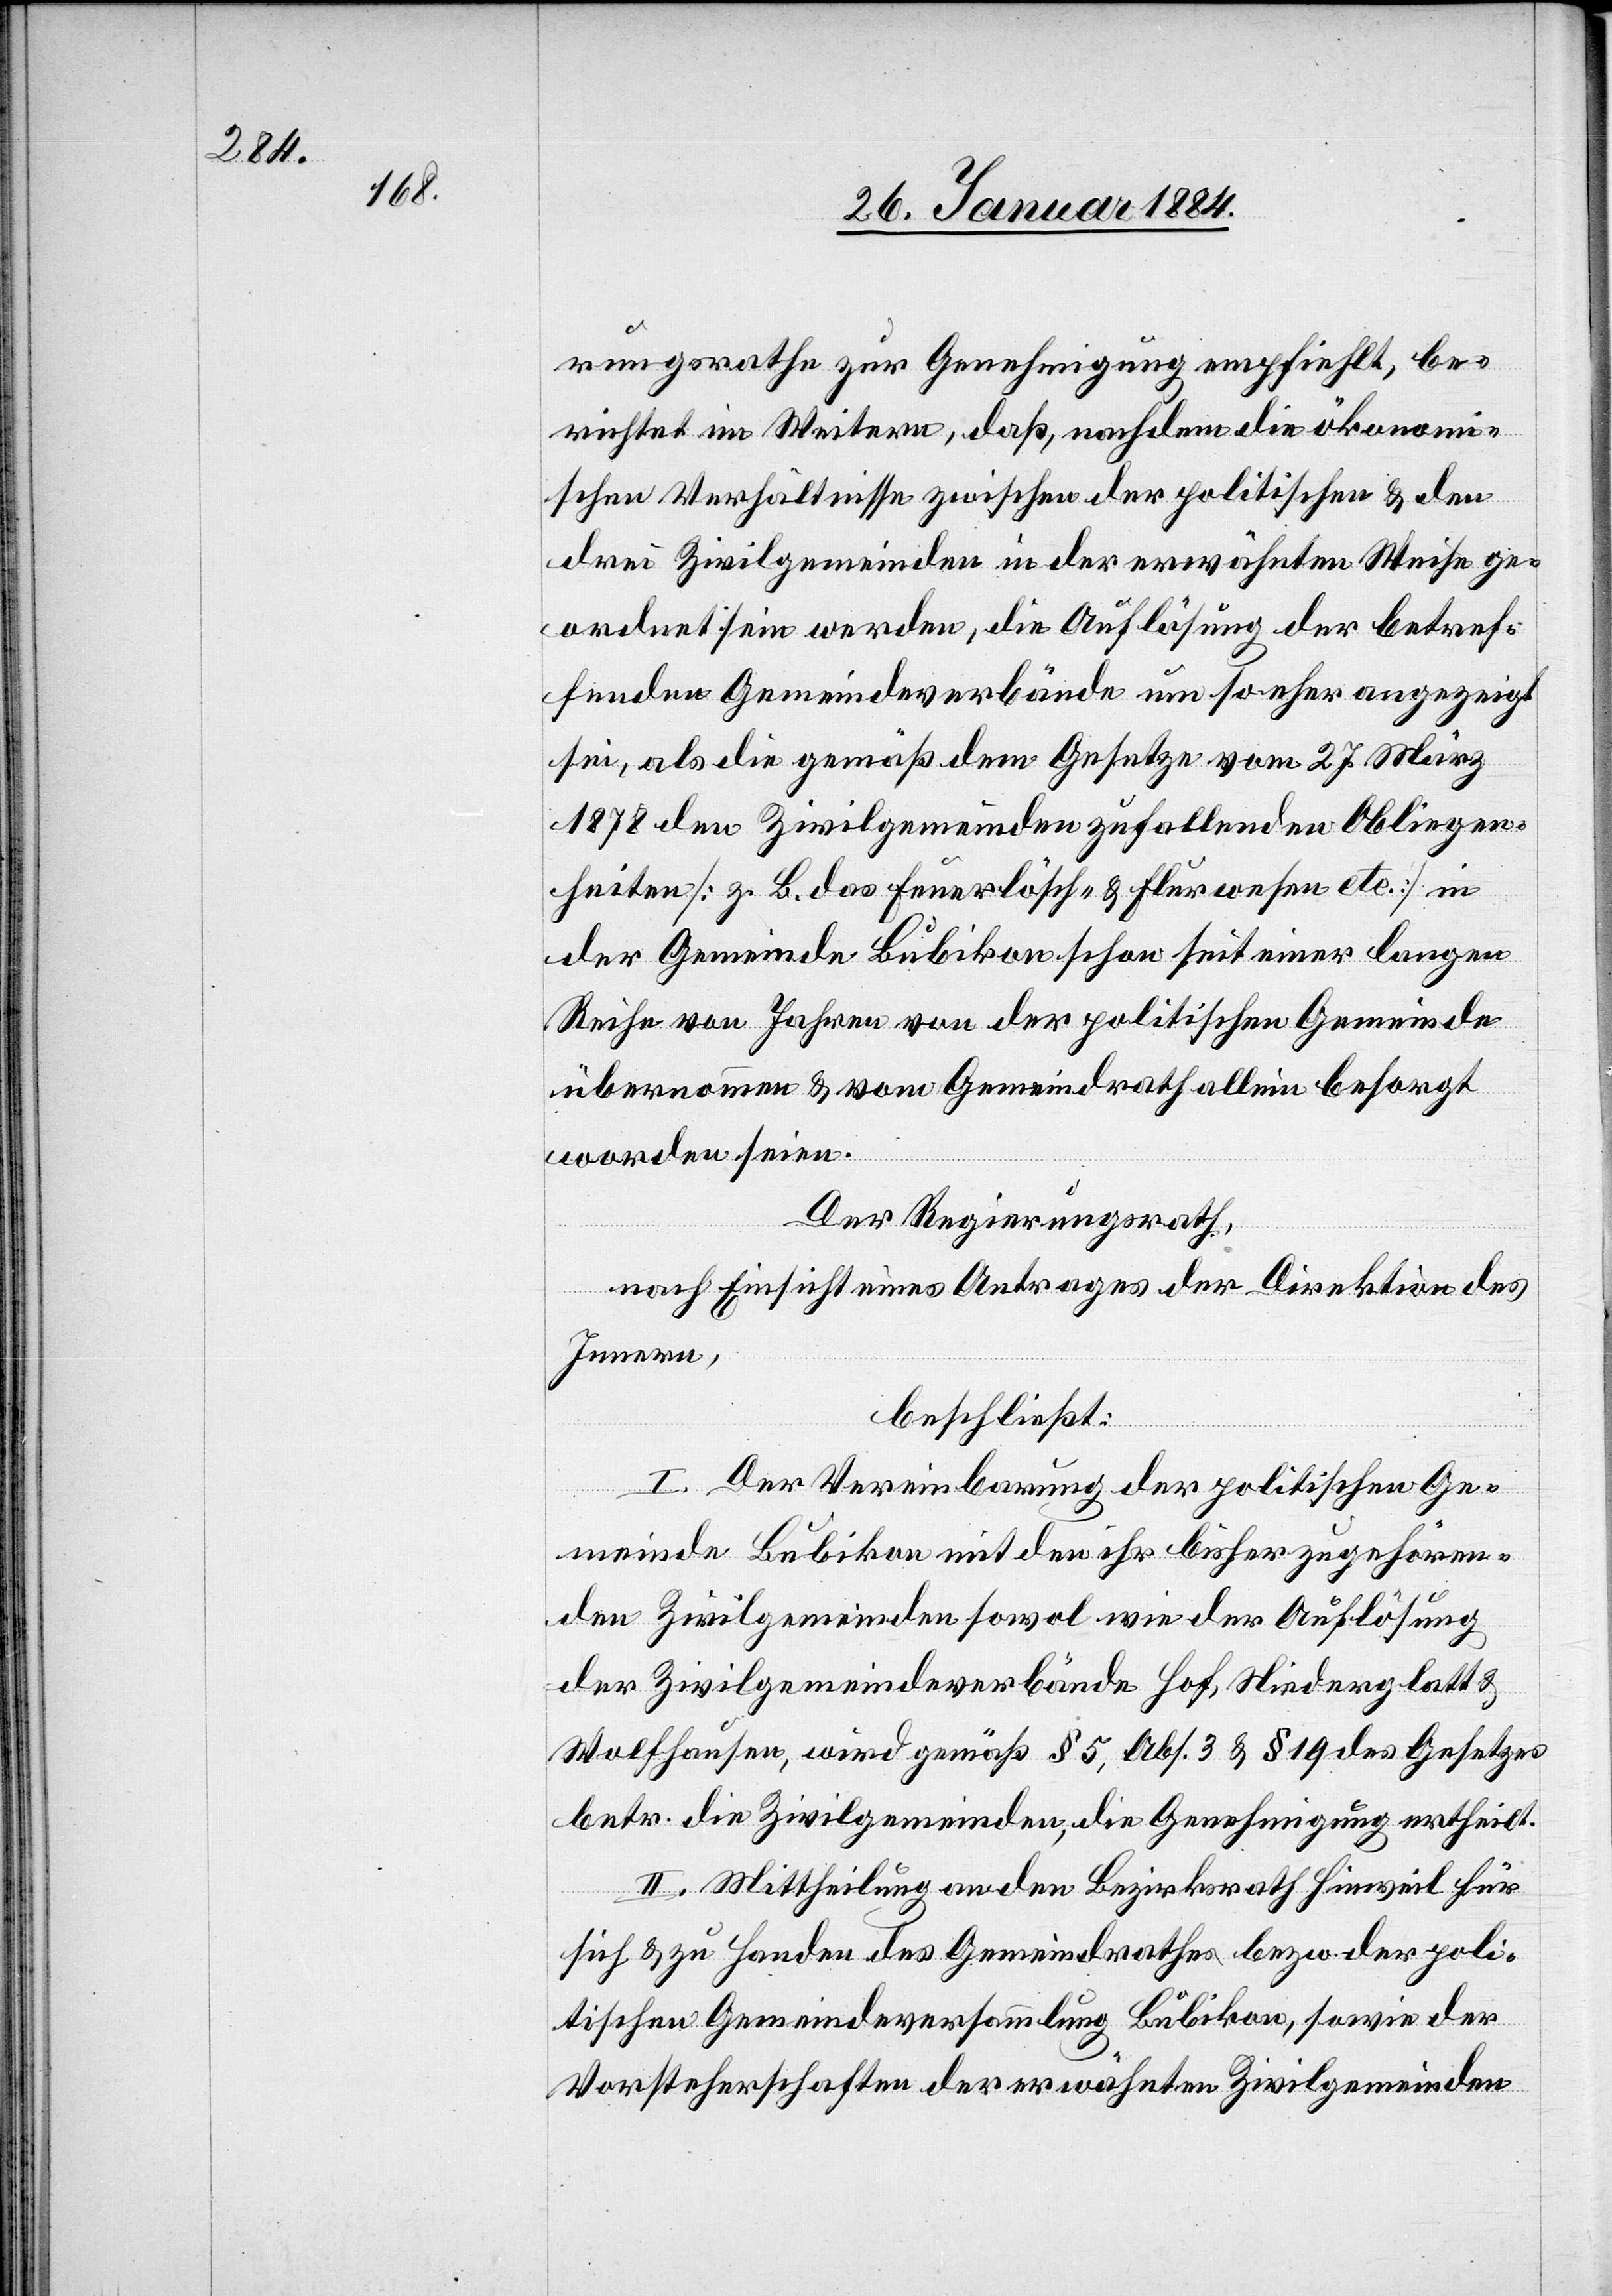
rungsrathe zur Genehmigung empfiehlt, be¬
richtet im Weitern, daß, nachdem die ökonom¬
ischen Verhältnisse zwischen der politischem & den
drei Zivilgemeinden in der erwähnten Weise ge¬
ordnet sein werden, die Auflösung der betref¬
fenden Gemeindeverbände um so eher angezeigt
sei, als die gemäß dem Gesetze vom 27. März
1878 den Zivilgemeinden zufallenden Obliegen¬
heiten [z. B. des Feuerlösch- & Flurwesens etc.] in
der Gemeinde Bubikon schon seit einer langen
Reihe von Jahren von der politischen Gemeinde
übernommen & vom Gemeindrath allein besorgt
worden seien.
Der Regierungsrath,
nach Einsicht eines Antrages der Direktion des
Innern,
beschließt:
I. Der Vereinbarung der politischen Ge¬
meinde Bubikon mit den ihr bisher zugehören¬
den Zivilgemeinden sowol wie der Auflösung
der Zivilgemeindeverbände Hof, Niederglatt &
Wolfhausen, wird gemäß § 5, Abs. 3 & § 19 des Gesetzes
betr. die Zivilgemeinden, die Genehmigung ertheilt.
II. Mittheilung an den Bezirksrath Hinweil für
sich & zu Handen des Gemeindrathes bzw. der poli¬
tischen Gemeindeversammlung Bubikon, sowie der
Vorsteherschaften der erwähnten Zivilgemeinden